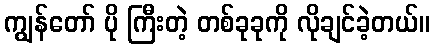
ကျွန်တော် ပို ကြီးတဲ့ တစ်ခုခုကို လိုချင်ခဲ့တယ်။